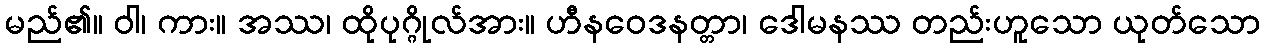
မည်၏။ ဝါ၊ ကား။ အဿ၊ ထိုပုဂ္ဂိုလ်အား။ ဟီနဝေဒနတ္တာ၊ ဒေါမနဿ တည်းဟူသော ယုတ်သော